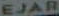
EJAR